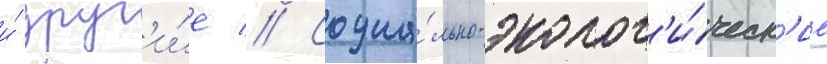
и́ друг'и́е // Социа́льно-эколог'и́ческ'ие